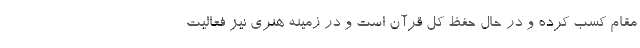
مقام کسب کرده و در حال حفظ کل قرآن است و در زمینه هنری نیز فعالیت